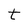
Character: t